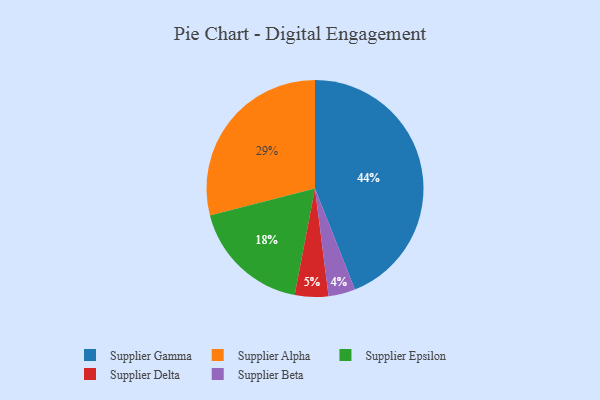
{"axis": {"x": "Category", "y": "Percentage"}, "legend": ["Supplier Alpha", "Supplier Beta", "Supplier Delta", "Supplier Epsilon", "Supplier Gamma"], "data": [{"x": "Supplier Delta", "y": 5, "type": "Supplier Delta"}, {"x": "Supplier Alpha", "y": 29, "type": "Supplier Alpha"}, {"x": "Supplier Gamma", "y": 44, "type": "Supplier Gamma"}, {"x": "Supplier Beta", "y": 4, "type": "Supplier Beta"}, {"x": "Supplier Epsilon", "y": 18, "type": "Supplier Epsilon"}]}